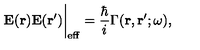
{ \bf E ( r ) E ( r ^ { \prime } ) } \bigg | _ { \mathrm { e f f } } = { \frac { \hbar } { i } } \mathrm { \boldmath { \Gamma } } ( { \bf r , r ^ { \prime } } ; \omega ) ,